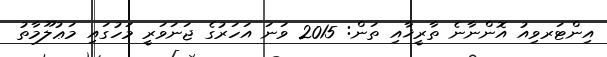
އިންޓަރވިއު އޮންނާނެ ތާރީޚާއި ތަން: 2015 ވަނަ އަހަރުގެ ޖަނަވަރީ މަހުގައި މަޢުލޫމާތު